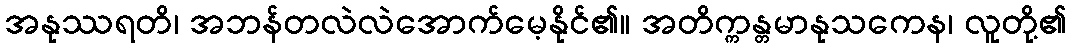
အနုဿရတိ၊ အဘန်တလဲလဲအောက်မေ့နိုင်၏။ အတိက္ကန္တမာနုသကေန၊ လူတို့၏